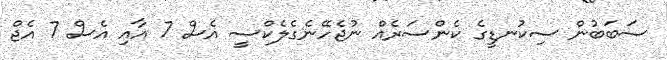
ސަބަބުން ސިކުނޑީގެ ކެންސަރެއް ނުޖެހޭނެގެލެކްސީ އެސް 7 އާއި އެސް 7 އެޖް